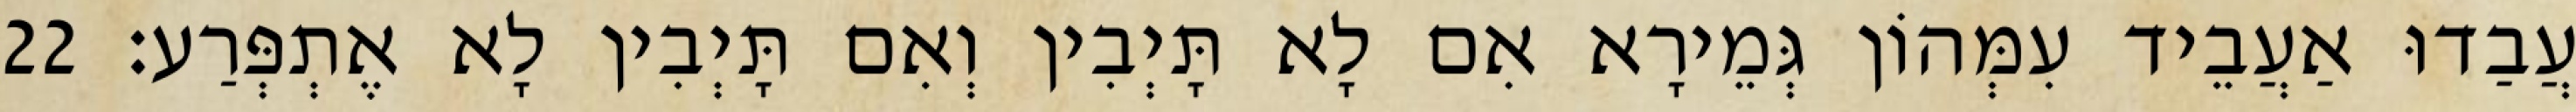
עֲבַדוּ אַעֲבֵיד עִמְּהוֹן גְּמֵירָא אִם לָא תָּיְבִין וְאִם תָּיְבִין לָא אֶתְפְּרַע׃ 22